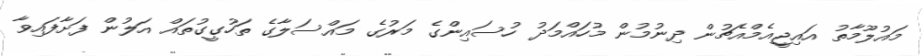
މައުލޫމާތު އައިޖީއެމްއެޗުން ދިނުމުން މުހައްމަދު ހުސައިންގެ މަރުގެ މައްސަލާގެ ތަހުގީގުތައް އަލުން ފަށާފައިވާ